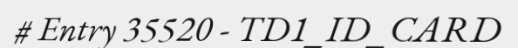
# Entry 35520 - TD1_ID_CARD